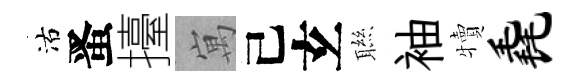
沽󱉠擡寓己𤣥聮袖犢毳